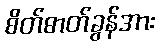
စိတ်ဓာတ်ခွန်အား